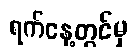
ရက်နေ့တွင်မှ